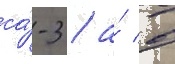
са́-3 / а́ в